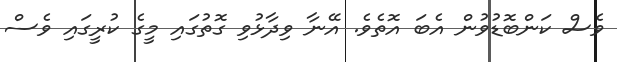
ވެސް ކަންބޮޑުވުން އެބަ އޮތެވެ. އޭނާ ވިދާޅުވި ގޮތުގައި މީގެ ކުރީގައި ވެސް